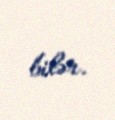
bilər.